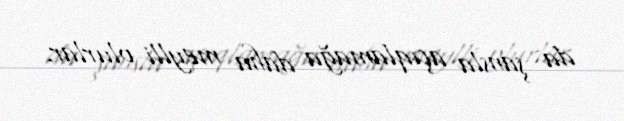
da şansla açıqlamağa daha meylli olurlar.